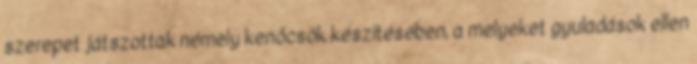
szerepet játszottak némely kenőcsök készítésében, a melyeket gyuladások ellen